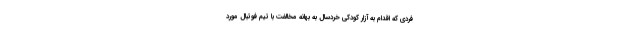
فردی که اقدام به آزار کودکی خردسال به بهانه مخالفت با تیم فوتبال مورد